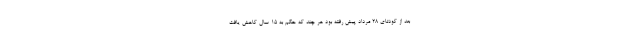
بعد از کودتای 28 مرداد پیش رفته بود هر چند که حکم به 15 سال کاهش یافت